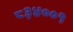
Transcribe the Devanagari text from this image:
८३४००१